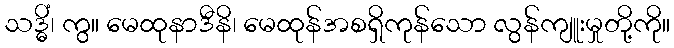
သဒ္ဓိံ၊ ကွ။ မေထုနာဒီနိ၊ မေထုန်အစရှိကုန်သော လွန်ကျူးမှုတို့ကို။